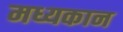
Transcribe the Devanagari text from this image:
मध्यकान